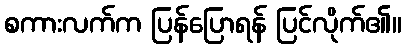
စကားလက်က ပြန်ပြောရန် ပြင်လိုက်၏။